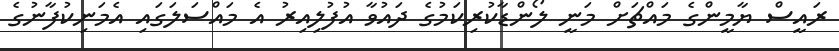
ރައީސް ޔާމީންގެ މައްޗަށް މަނީ ލޯންޑާކުރިކަމުގެ ދައުވާ އުފުލިއިރު އެ މައްސަލަގައި އެމަނިކުފާނުގެ